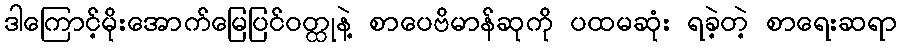
ဒါကြောင့်မိုးအောက်မြေပြင်ဝတ္ထုနဲ့ စာပေဗိမာန်ဆုကို ပထမဆုံး ရခဲ့တဲ့ စာရေးဆရာ